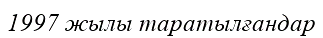
1997 жылы таратылғандар